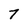
Character: 7